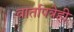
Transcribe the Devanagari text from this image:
वार्तापत्रेही